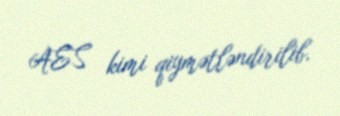
AES kimi qiymətləndirilib.